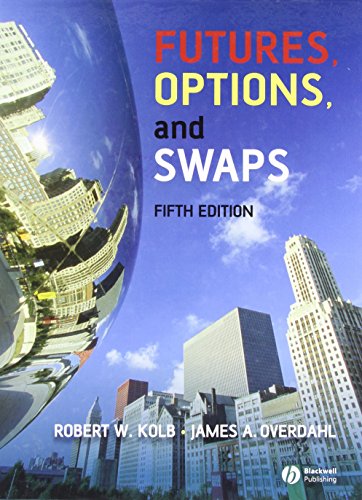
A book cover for Futures, Options, and Swaps; Robert W. Kolb; Business & Money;